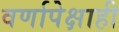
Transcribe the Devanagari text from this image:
वर्णापेक्षाही